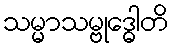
သမ္မာသမ္ဗုဒ္ဓေါတိ